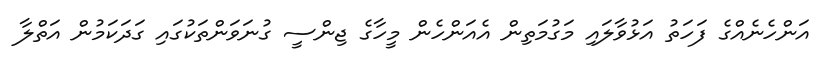
އަންހެނެއްގެ ފަހަތު އަޅުވާލައި މަގުމަތިން އެއަންހެން މީހާގެ ޖިންސީ ގުނަވަންތަކުގައި ގަދަކަމުން އަތްލާ